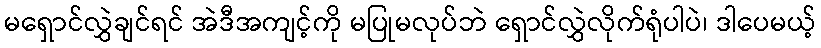
မရှောင်လွှဲချင်ရင် အဲဒီအကျင့်ကို မပြုမလုပ်ဘဲ ရှောင်လွှဲလိုက်ရုံပါပဲ၊ ဒါပေမယ့်